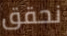
نحقق